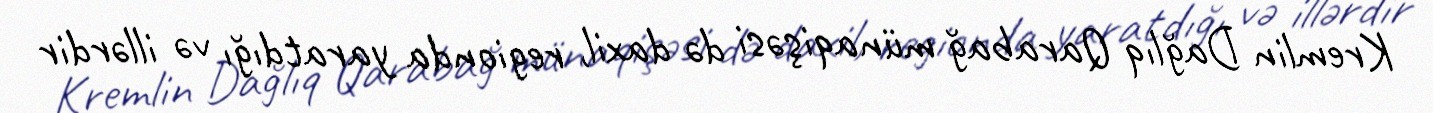
Kremlin Dağlıq Qarabağ münaqişəsi də daxil, regionda yaratdığı və illərdir